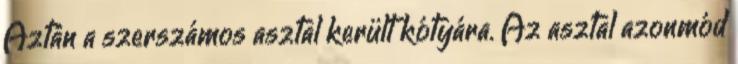
Aztán a szerszámos asztal került kótyára. Az asztal azonmód